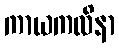
ကာယကလိနာ